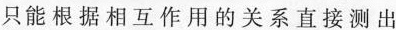
只能根据相互作用的关系直接测出